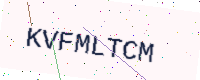
Text: KVFMLTCM